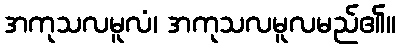
အကုသလမူလံ၊ အကုသလမူလမည်၏။